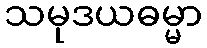
သမုဒယဓမ္မာ